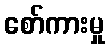
စော်ကားမှု